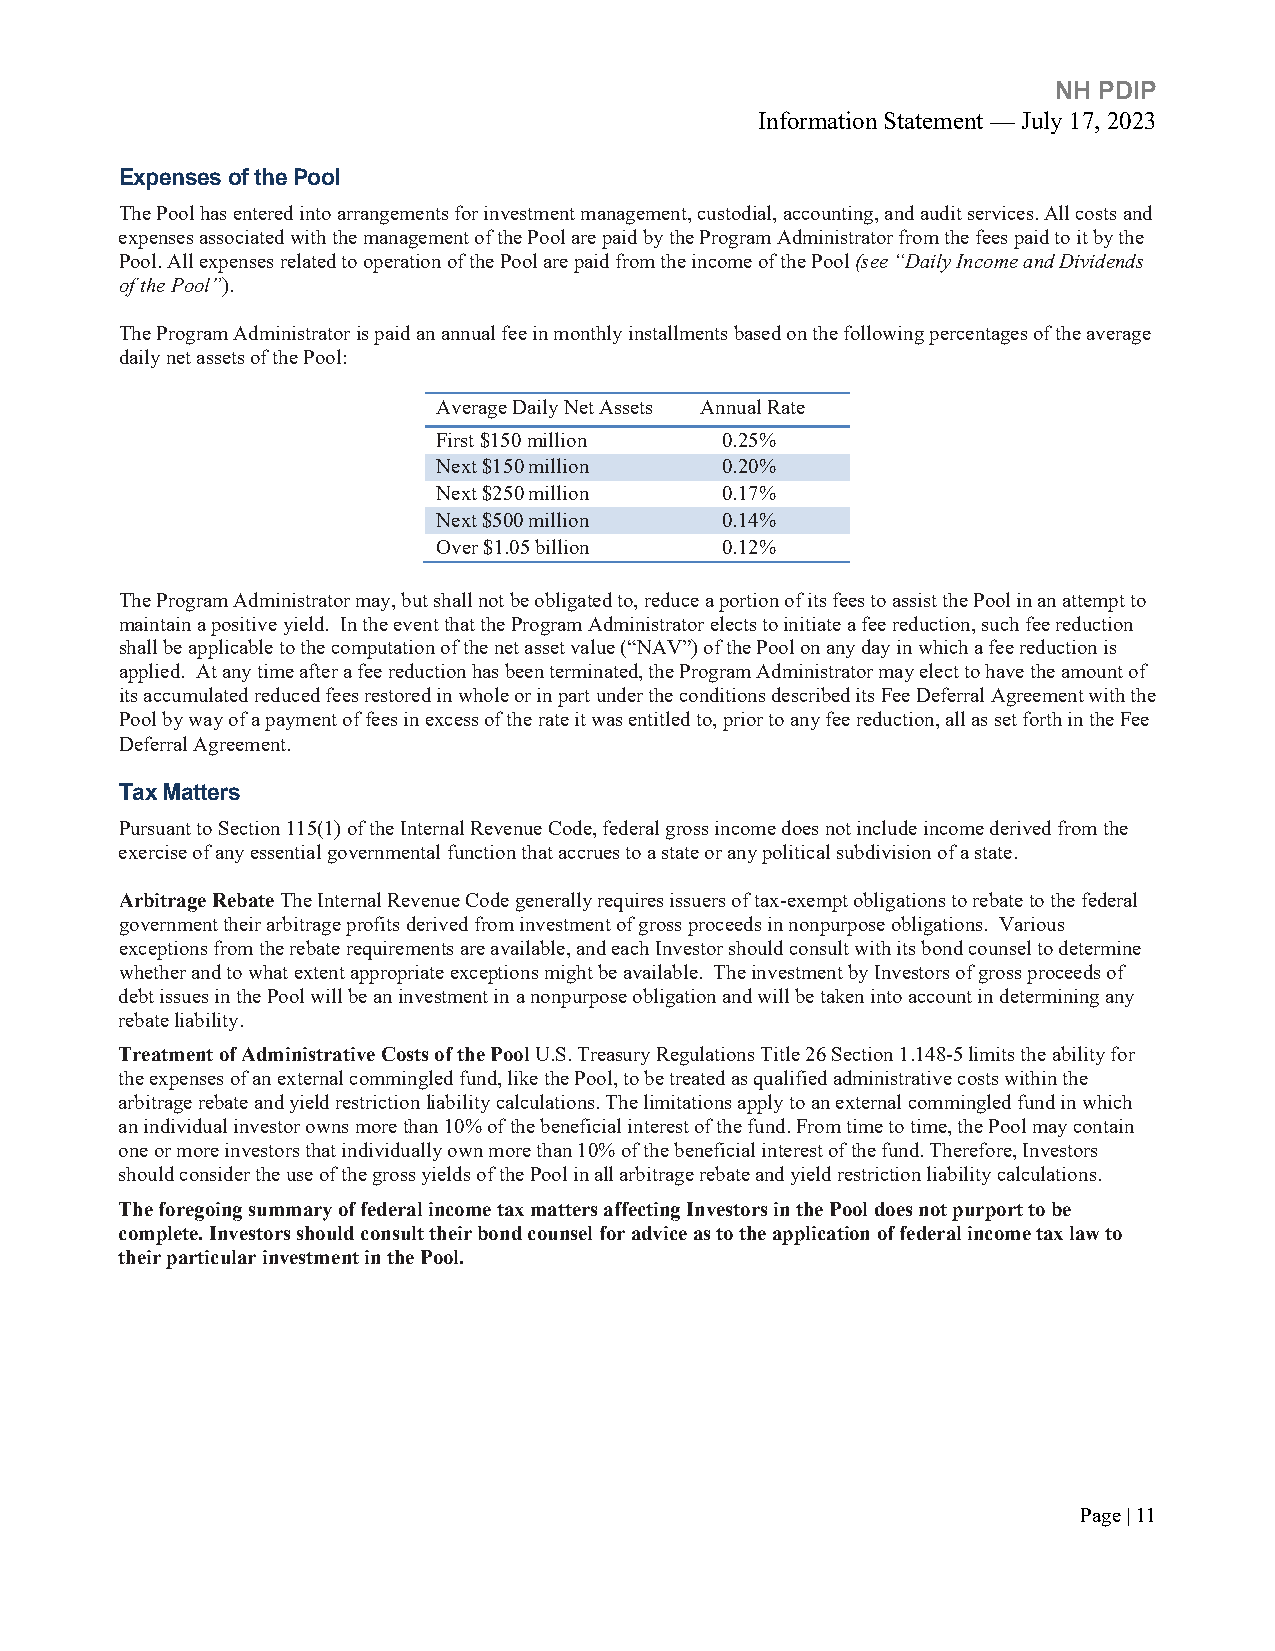
NH PDIP
 Information Statement — July 17, 2023
 Expenses of the Pool
 The Pool has entered into arrangements for investment management, custodial, accounting, and audit services. All costs and
 expenses associated with the management of the Pool are paid by the Program Administrator from the fees paid to it by the
 Pool. All expenses related to operation of the Pool are paid from the income of the Pool (see “Daily Income and Dividends
 of the Pool”).
 The Program Administrator is paid an annual fee in monthly installments based on the following percentages of the average
 daily net assets of the Pool:
 Average Daily Net Assets Annual Rate
 First $150 million 0.25%
 Next $150 million  0.20%
 Next $250 million  0.17%
 Next $500 million  0.14%
 Over $1.05 billion 0.12%
 The Program Administrator may, but shall not be obligated to, reduce a portion of its fees to assist the Pool in an attempt to
 maintain a positive yield. In the event that the Program Administrator elects to initiate a fee reduction, such fee reduction
 shall be applicable to the computation of the net asset value (“NAV”) of the Pool on any day in which a fee reduction is
 applied. At any time after a fee reduction has been terminated, the Program Administrator may elect to have the amount of
 its accumulated reduced fees restored in whole or in part under the conditions described its Fee Deferral Agreement with the
 Pool by way of a payment of fees in excess of the rate it was entitled to, prior to any fee reduction, all as set forth in the Fee
 Deferral Agreement.
 Tax Matters
 Pursuant to Section 115(1) of the Internal Revenue Code, federal gross income does not include income derived from the
 exercise of any essential governmental function that accrues to a state or any political subdivision of a state.
 Arbitrage Rebate The Internal Revenue Code generally requires issuers of tax-exempt obligations to rebate to the federal
 government their arbitrage profits derived from investment of gross proceeds in nonpurpose obligations. Various
 exceptions from the rebate requirements are available, and each Investor should consult with its bond counsel to determine
 whether and to what extent appropriate exceptions might be available. The investment by Investors of gross proceeds of
 debt issues in the Pool will be an investment in a nonpurpose obligation and will be taken into account in determining any
 rebate liability.
 Treatment of Administrative Costs of the Pool U.S. Treasury Regulations Title 26 Section 1.148-5 limits the ability for
 the expenses of an external commingled fund, like the Pool, to be treated as qualified administrative costs within the
 arbitrage rebate and yield restriction liability calculations. The limitations apply to an external commingled fund in which
 an individual investor owns more than 10% of the beneficial interest of the fund. From time to time, the Pool may contain
 one or more investors that individually own more than 10% of the beneficial interest of the fund. Therefore, Investors
 should consider the use of the gross yields of the Pool in all arbitrage rebate and yield restriction liability calculations.
 The foregoing summary of federal income tax matters affecting Investors in the Pool does not purport to be
 complete. Investors should consult their bond counsel for advice as to the application of federal income tax law to
 their particular investment in the Pool.
 Page | 11